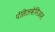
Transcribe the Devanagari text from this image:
पेंसिलवेनिअन